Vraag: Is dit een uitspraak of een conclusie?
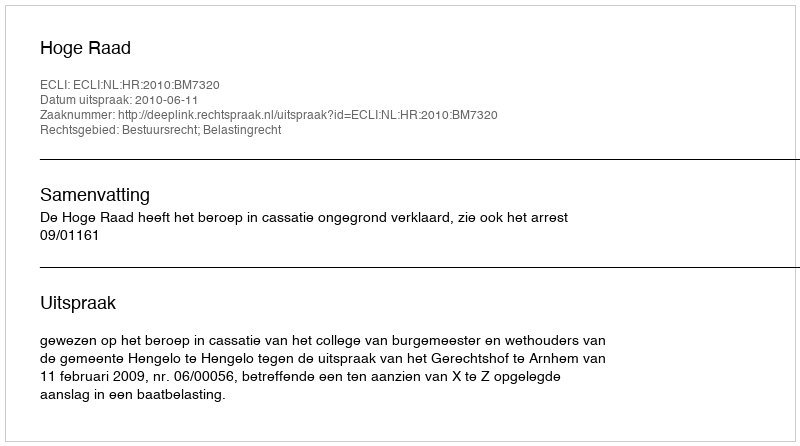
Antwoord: Uitspraak